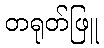
တရုတ်ဖြူ